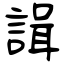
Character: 諿